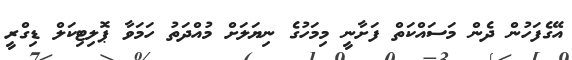
އޭގެފަހުން ދެން މަސައްކަތް ފަށާނީ މިމަހުގެ ނިޔަލަށް މުއްދަތު ހަމަވާ ޕޮލިޓިކަލް ޑިގްރީ